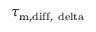
\tau _ { \mathrm { m , d i f f , \ d e l t a } }